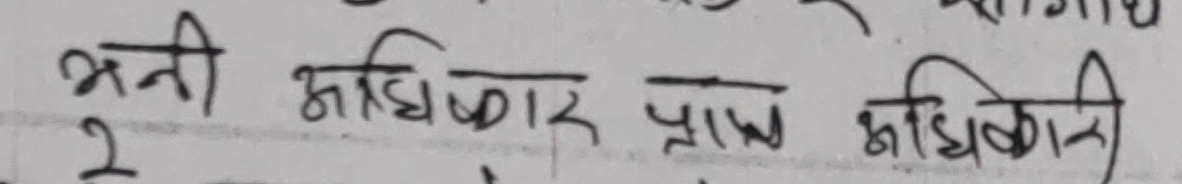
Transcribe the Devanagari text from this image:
भनी अधिकार प्राप्त अधिकारी